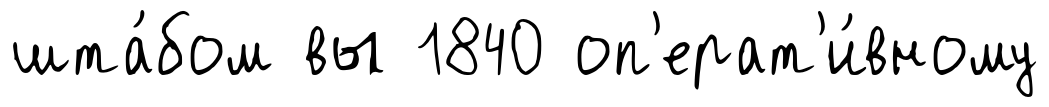
шта́бом вы 1840 оп'ерат'и́вному